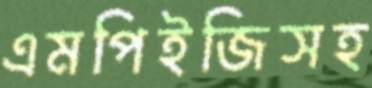
এমপিইজিসহ